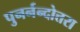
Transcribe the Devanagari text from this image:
पुनर्नन्दोत्तरा